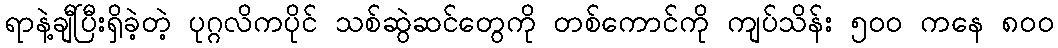
ရာနဲ့ချီပြီးရှိခဲ့တဲ့ ပုဂ္ဂလိကပိုင် သစ်ဆွဲဆင်တွေကို တစ်ကောင်ကို ကျပ်သိန်း ၅ဝဝ ကနေ ၈ဝဝ